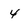
Character: 4